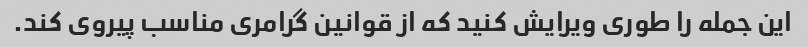
این جمله را طوری ویرایش کنید که از قوانین گرامری مناسب پیروی کند.